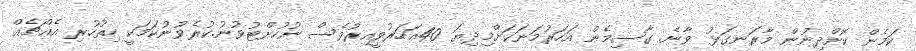
ކަމެން ކޮށްދިނުން މާރަނގަޅު ވާނެ. ގާސިމެން އަހަރުމަނަކަށްމިދިޔަ 40އަހަރުވީއިރުވެސް ނުހުށްޓުވުނު.ކުރެވުނުކަމަކީ ހިތުހުރި އެއްޗެއް